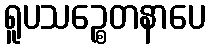
ရူပသဉ္စေတနာပေ